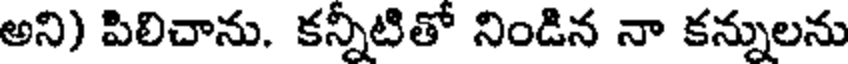
అని) పిలిచాను. కన్నీటితో నిండిన నా కన్నులను